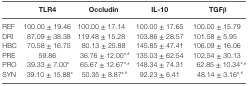
<table><thead><tr><td></td><td><b>TLR4</b></td><td><b>Occludin</b></td><td><b>IL-10</b></td><td><b>TGFβ</b></td></tr></thead><tbody><tr><td>REF</td><td>100.00 ± 19.46</td><td>100.00 ± 17.14</td><td>100.00 ± 17.65</td><td>100.00 ± 15.79</td></tr><tr><td>DRI</td><td>87.09 ± 38.38</td><td>119.48 ± 15.28</td><td>103.86 ± 28.57</td><td>101.58 ± 5.95</td></tr><tr><td>HBC</td><td>70.58 ± 16.75</td><td>80.13 ± 25.88</td><td>145.85 ± 47.41</td><td>106.09 ± 16.06</td></tr><tr><td>PRE</td><td>59.86</td><td>36.76 ± 12.00*<sup>,#</sup></td><td>135.03 ± 62.54</td><td>102.54 ± 30.13</td></tr><tr><td>PRO</td><td>39.33 ± 7.00*</td><td>65.67 ± 12.67*<sup>,#</sup></td><td>148.34 ± 74.31</td><td>62.85 ± 10.34*<sup>,#</sup></td></tr><tr><td>SYN</td><td>39.10 ± 15.88*</td><td>50.35 ± 8.87*<sup>,#</sup></td><td>92.23 ± 6.41</td><td>48.14 ± 3.16*<sup>,#</sup></td></tr></tbody></table>